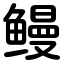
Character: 鳗